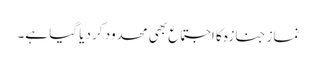
نماز جنازہ کا اجتماع بھی محدود کر دیا گیا ہے۔